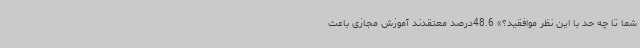
شما تا چه حد با این نظر موافقید؟» 48.6درصد معتقدند آموزش مجازی باعث